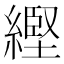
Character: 䌑